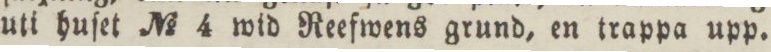
uti huſet No 4 wid Reefwens grund, en trappa upp.